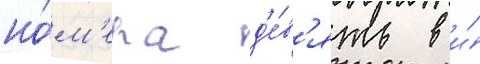
но́м'ера д'е́в'ять в и́